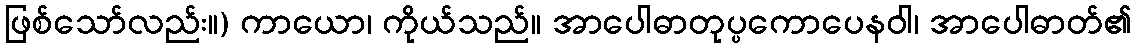
ဖြစ်သော်လည်း။) ကာယော၊ ကိုယ်သည်။ အာပေါဓာတုပ္ပကောပေနဝါ၊ အာပေါဓာတ်၏